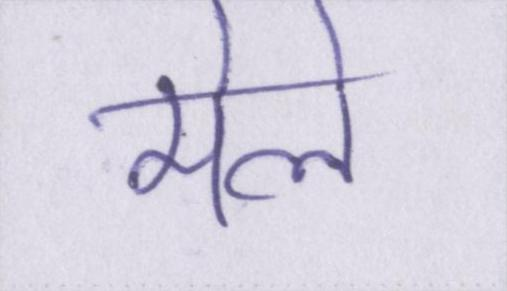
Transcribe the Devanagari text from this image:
मेले